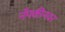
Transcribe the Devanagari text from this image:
नॅपकीनवर